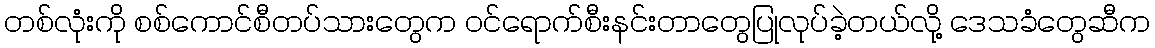
တစ်လုံးကို စစ်ကောင်စီတပ်သားတွေက ဝင်ရောက်စီးနင်းတာတွေပြုလုပ်ခဲ့တယ်လို့ ဒေသခံတွေဆီက